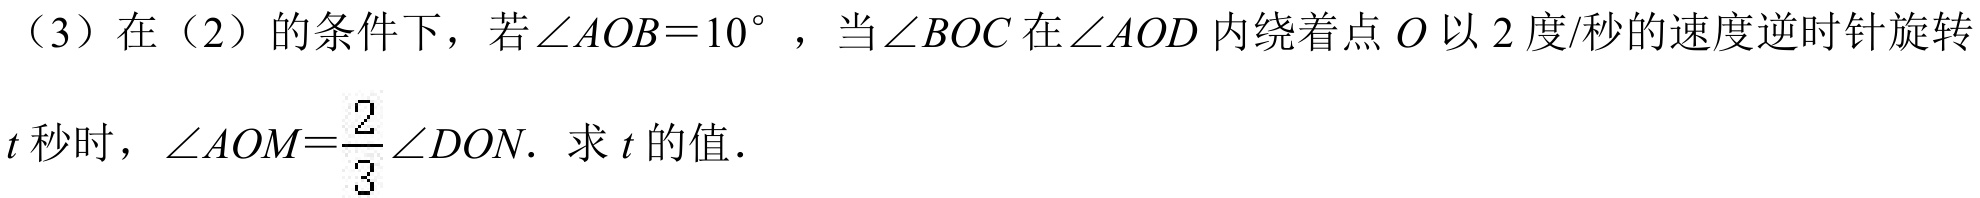
（3）在（2）的条件下，若\(\angle AOB = 10^{\circ}\)，当\(\angle BOC\)在\(\angle AOD\)内绕着点\(O\)以\(2\)度/秒的速度逆时针旋转
\(t\) 秒时，\(\angle AOM=\frac{2}{3}\angle DON.\) 求 \(t\) 的值．